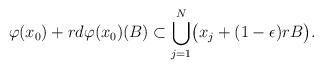
LaTeX: \begin{align*}\varphi(x_0) + r d\varphi(x_0) (B) \subset \bigcup_{j=1}^N \bigl( x_j + (1-\epsilon)r B \bigr).\end{align*}